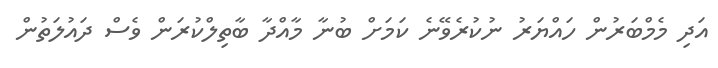
އަދި މެމްބަރުން ހައްޔަރު ނުކުރެވޭނެ ކަމަށް ބުނާ މާއްދާ ބާތިލްކުރަން ވެސް ދައުލަތުން